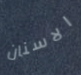
الاسنان